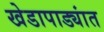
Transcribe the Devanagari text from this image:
खेडापाड्यांत